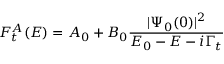
F _ { t } ^ { A } ( E ) = A _ { 0 } + B _ { 0 } \frac { | \Psi _ { 0 } ( 0 ) | ^ { 2 } } { E _ { 0 } - E - i \Gamma _ { t } }